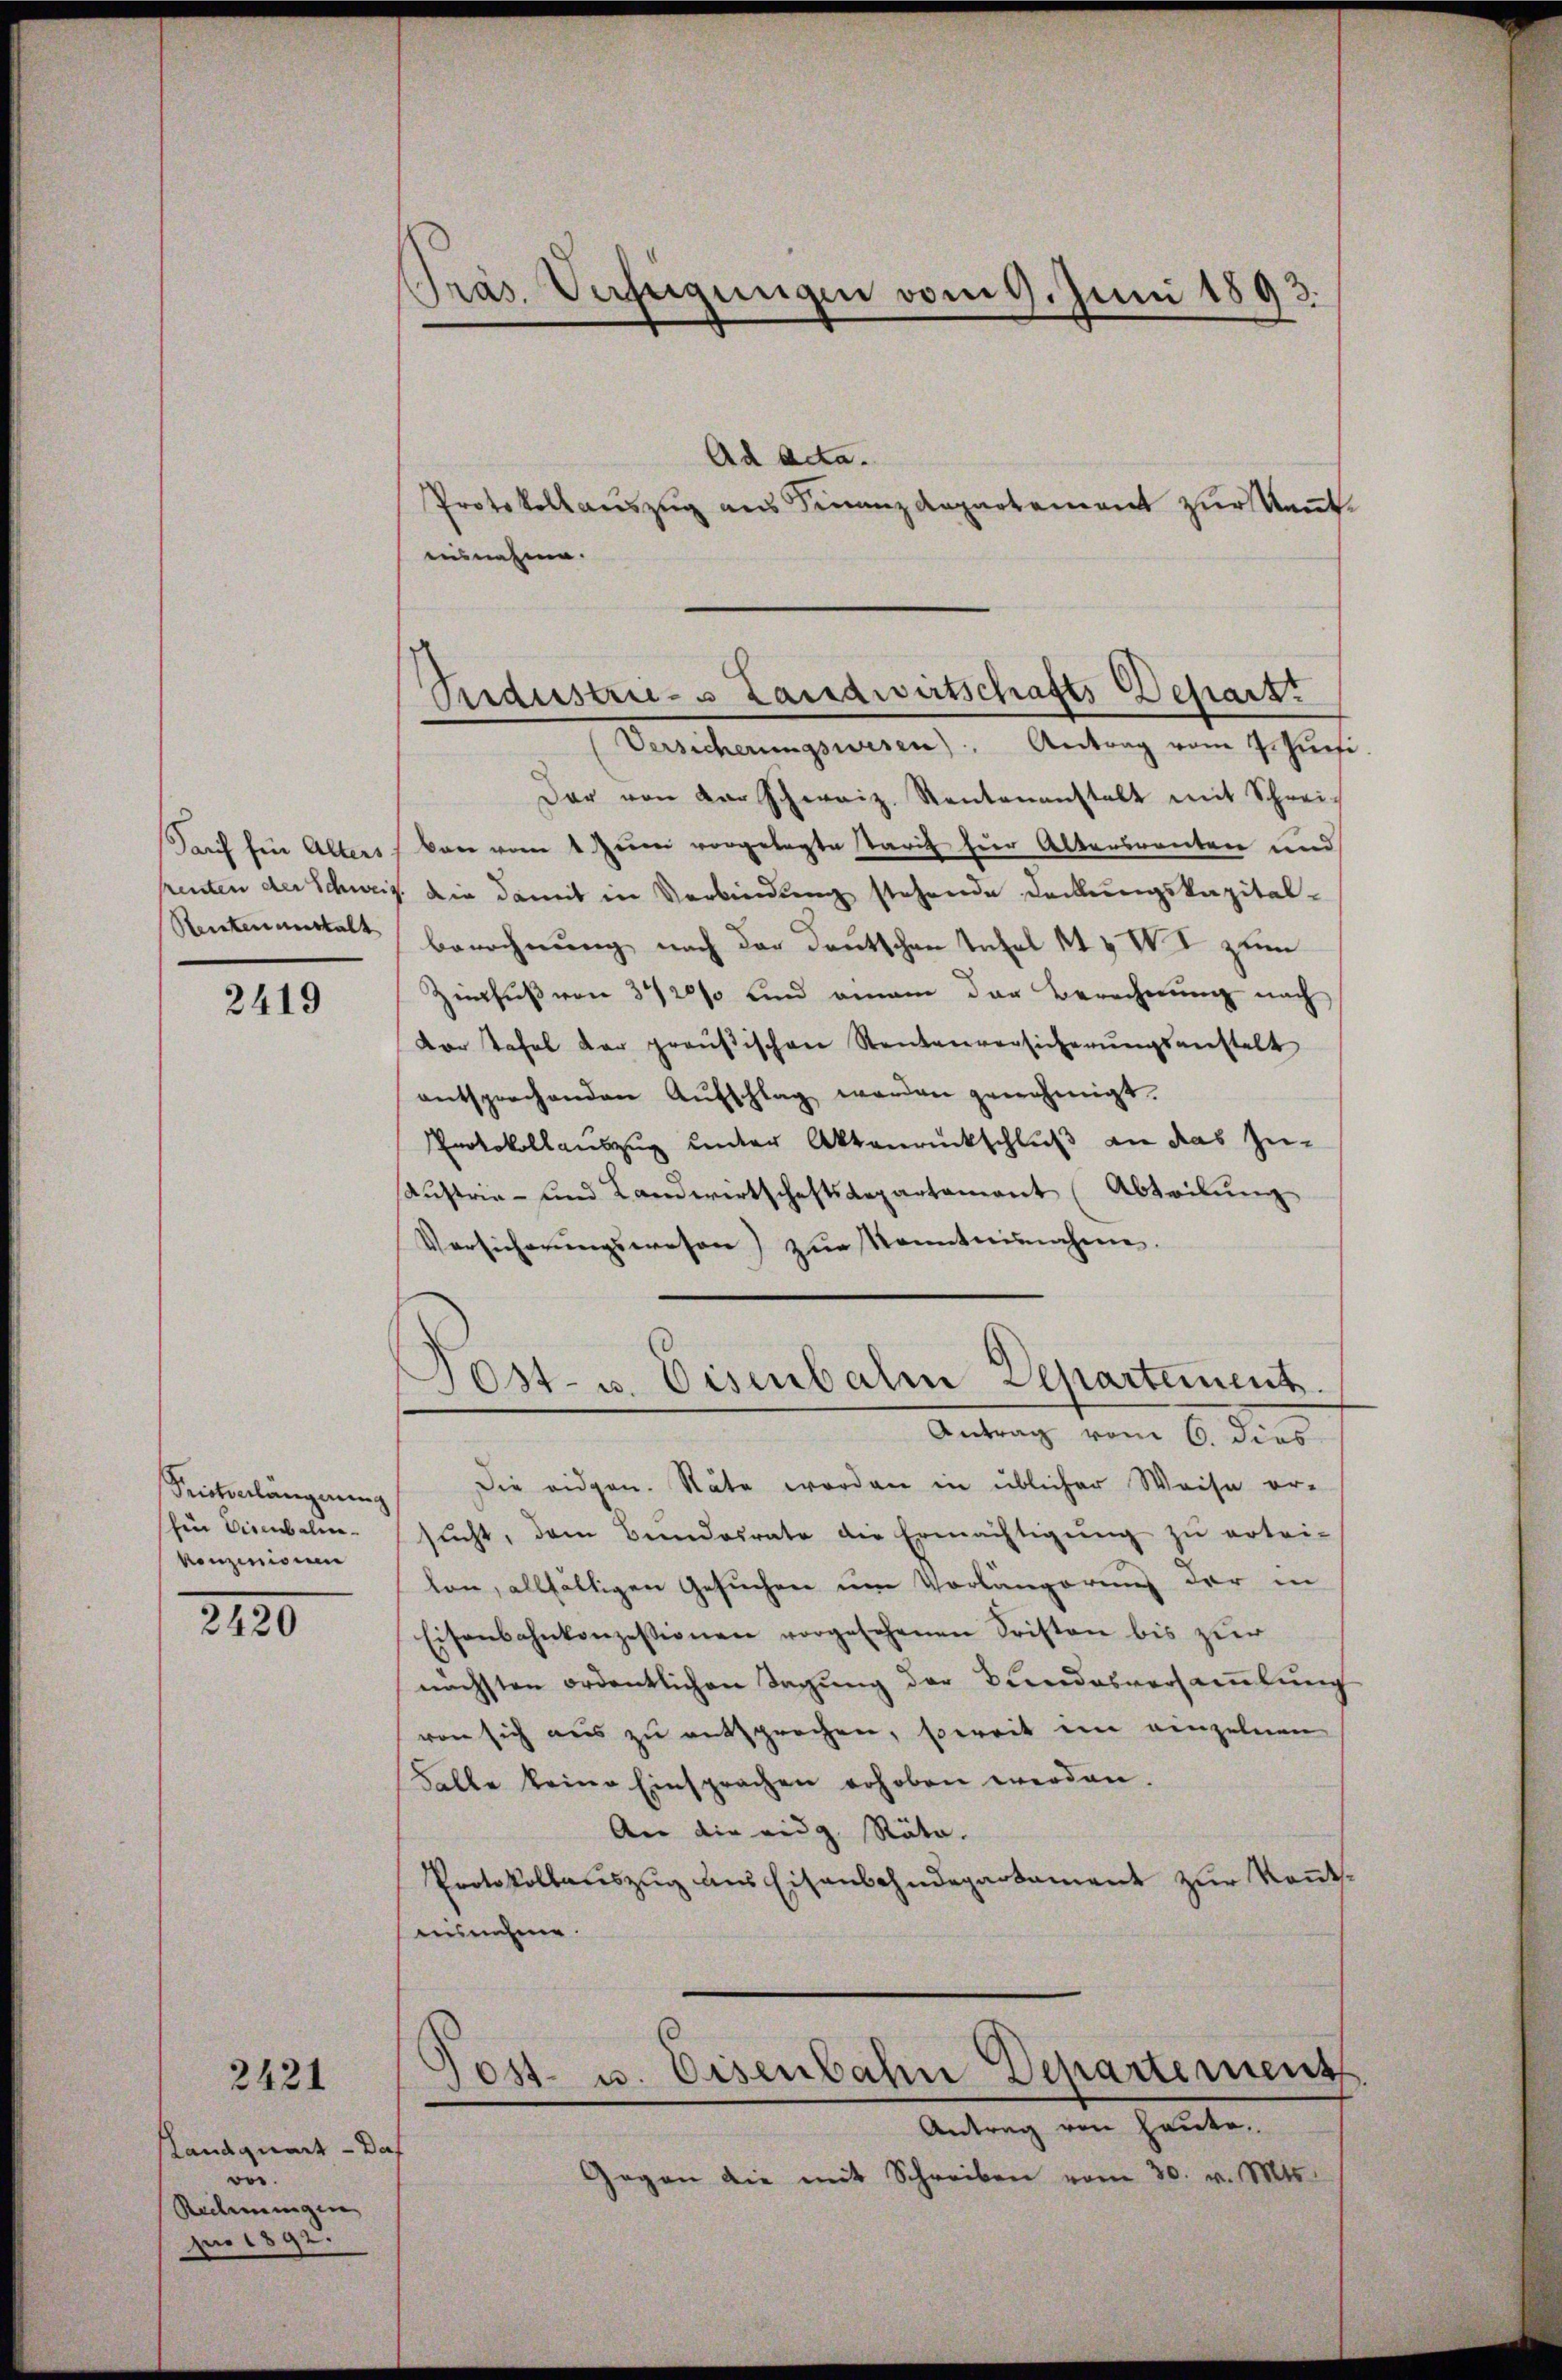
Parf für Alters
Renten enthalt

2419

Seictverlängerung
hen Diembalen.
konzinism

2130

2421

Landquart - D
e.
Rederungen
pro 1892.

Präs. Verfügungen vom 9. Juni 1893.

Perdustrie- u Landwirtschafts-Depart
Versicherungswesen). Antrag vom 7. Juni

Ad Acta.
Protokollauszug aus Finanzdepartement zur Kant.
ausnahme.
Der von der Schweiz. Rentenanstalt mit Schreikan vom 4 Zeumer vorgelegte Tarif hier Altersrenten und
frenten der Schweiz. Die damit in Verbindung stehende Deckungskapital-
berechnung nach der Deutschen Inhal 11 & II zum
Zinsfuß von 3420% und man der Berechnung nach
dor Tafel der preußischen Stentenversicherŭngsanstalt
entsprechenden Aŭfschlag werden genehmigt.
Protokollauszug unter Aktenrückschluß an das Zu-
Austria- und Landwirtschaftsdepartament (Abteilung
Versicherŭngswesen) zŭr Kenntnisnahme.
Post- u. Eisenbahn Departement
Antrag vom 6. dies
Die eidgen. Stäte worden in üblicher Weise er-
sucht, dem Bundesrate die Ermächtigung zu ertei-
lon, allfältigen Gesuchen um Vorlängerung der in
Eisenbahnkonzessionen vorgesehenen Fristen bis zur
nächsten ordentlichen Tagung der Bundesversamlung
von sich aus zu entsprechen, soweit im einzelnen
Falle keine Einsprachen erhoben werden.
An die eidg. Räte.
Protokollauszug aus Eisenbahndepartament zur Kenntausnahme.

Jost- u. Eisenbahn Departement
Antrag von Heute.

Gegen die mit Schreiben vom 30. v. Mts.